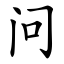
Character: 问